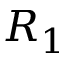
R _ { 1 }